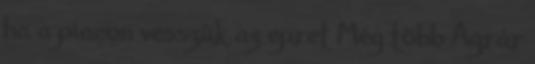
ha a piacon vesszük az epret Még több Agrár